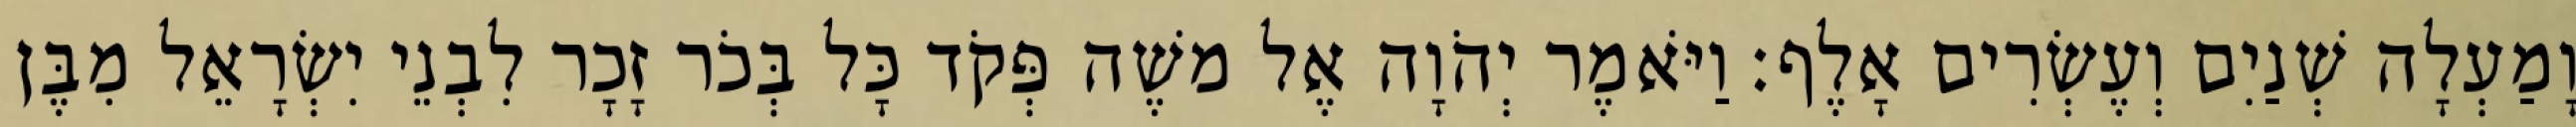
וָמַעְלָה שְׁנַיִם וְעֶשְׂרִים אָלֶף׃ וַיֹּאמֶר יְהֹוָה אֶל משֶׁה פְּקֹד כָּל בְּכֹר זָכָר לִבְנֵי יִשְׂרָאֵל מִבֶּן